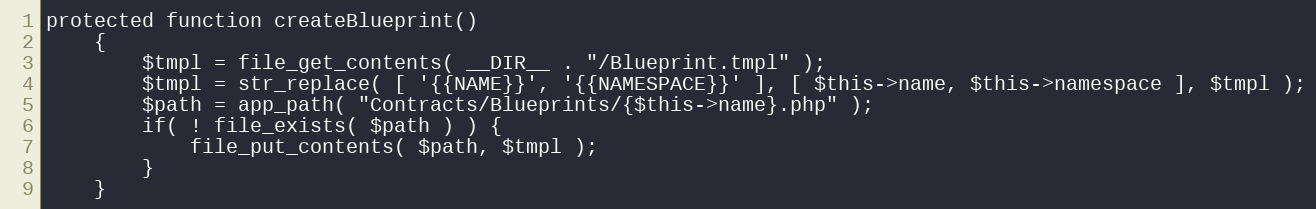
Language: PHP
protected function createBlueprint()
	{
		$tmpl = file_get_contents( __DIR__ . "/Blueprint.tmpl" );
		$tmpl = str_replace( [ '{{NAME}}', '{{NAMESPACE}}' ], [ $this->name, $this->namespace ], $tmpl );
		$path = app_path( "Contracts/Blueprints/{$this->name}.php" );
		if( ! file_exists( $path ) ) {
			file_put_contents( $path, $tmpl );
		}
	}